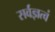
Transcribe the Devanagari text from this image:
सर्वज्ञत्वं